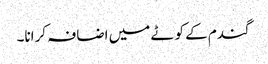
گندم کے کوٹے میں اضافہ کرانا۔